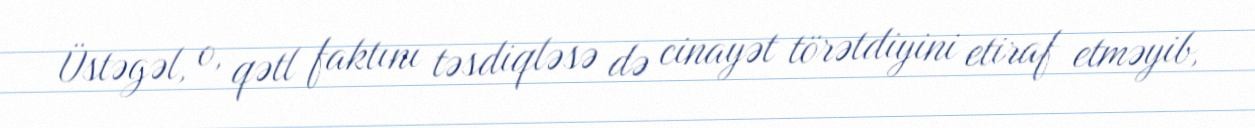
Üstəgəl, o, qətl faktını təsdiqləsə də cinayət törətdiyini etiraf etməyib,